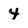
Character: 4